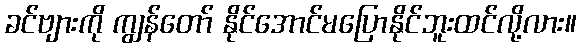
ခင်ဗျားကို ကျွန်တော် နိုင်အောင်မပြောနိုင်ဘူးထင်လို့လား။